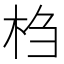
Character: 𰗙